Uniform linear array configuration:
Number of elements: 48
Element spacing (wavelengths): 0.5
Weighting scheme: cosine
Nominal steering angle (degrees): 45
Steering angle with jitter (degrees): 44.293
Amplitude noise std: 0.05
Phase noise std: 0.05

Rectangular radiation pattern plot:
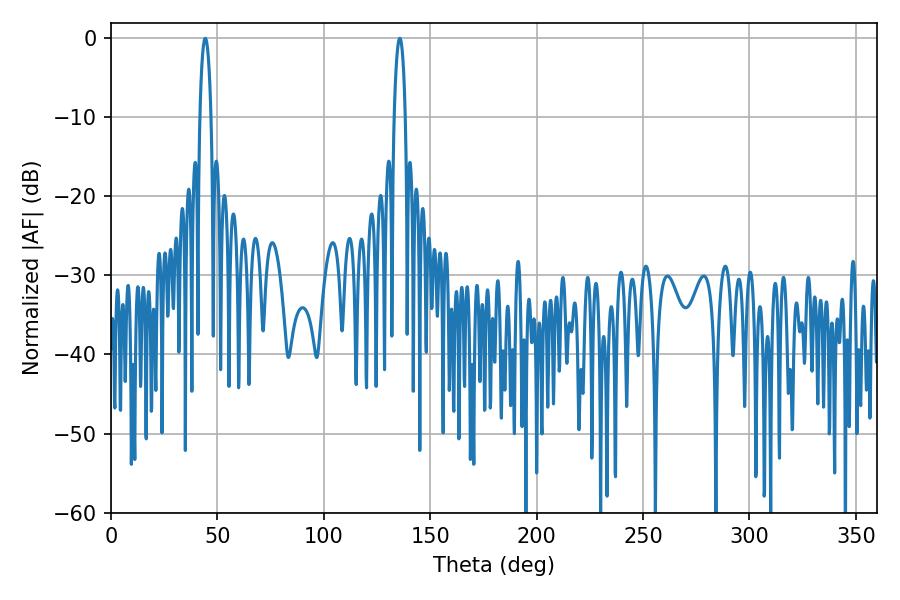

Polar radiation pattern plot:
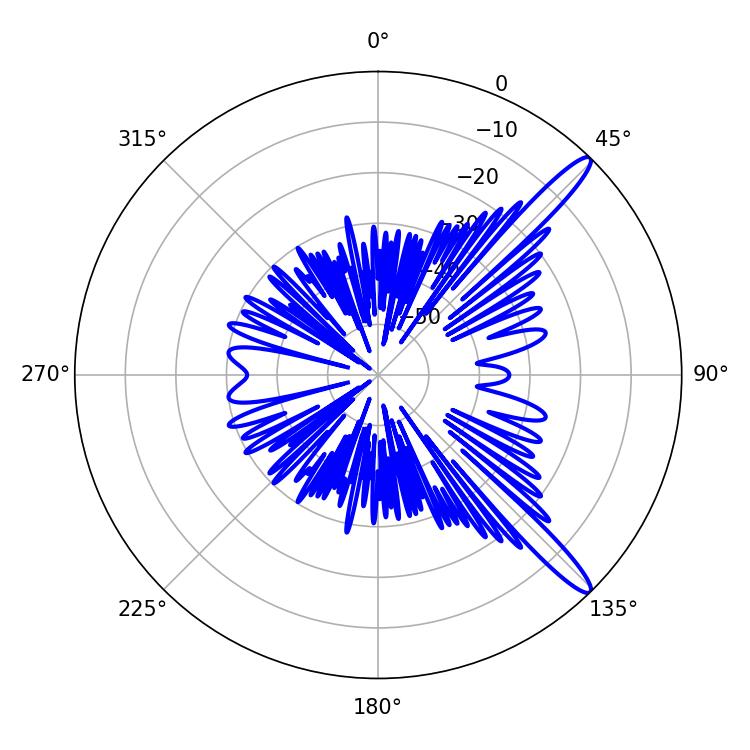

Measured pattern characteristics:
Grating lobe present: FALSE
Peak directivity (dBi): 13.895
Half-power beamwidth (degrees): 2.88
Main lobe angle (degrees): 44.28